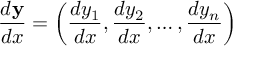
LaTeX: { \frac { d \mathbf { y } } { d x } } = \left( { \frac { d y _ { 1 } } { d x } } , { \frac { d y _ { 2 } } { d x } } , \ldots , { \frac { d y _ { n } } { d x } } \right)